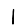
Digit: 1